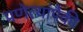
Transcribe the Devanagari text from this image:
प्रणेत्यांपैकी